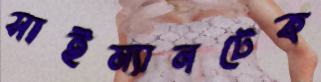
সাইম্যানটেক